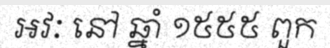
អវៈ នៅ ឆ្នាំ ១៥៥៥ ពួក